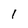
Character: 1